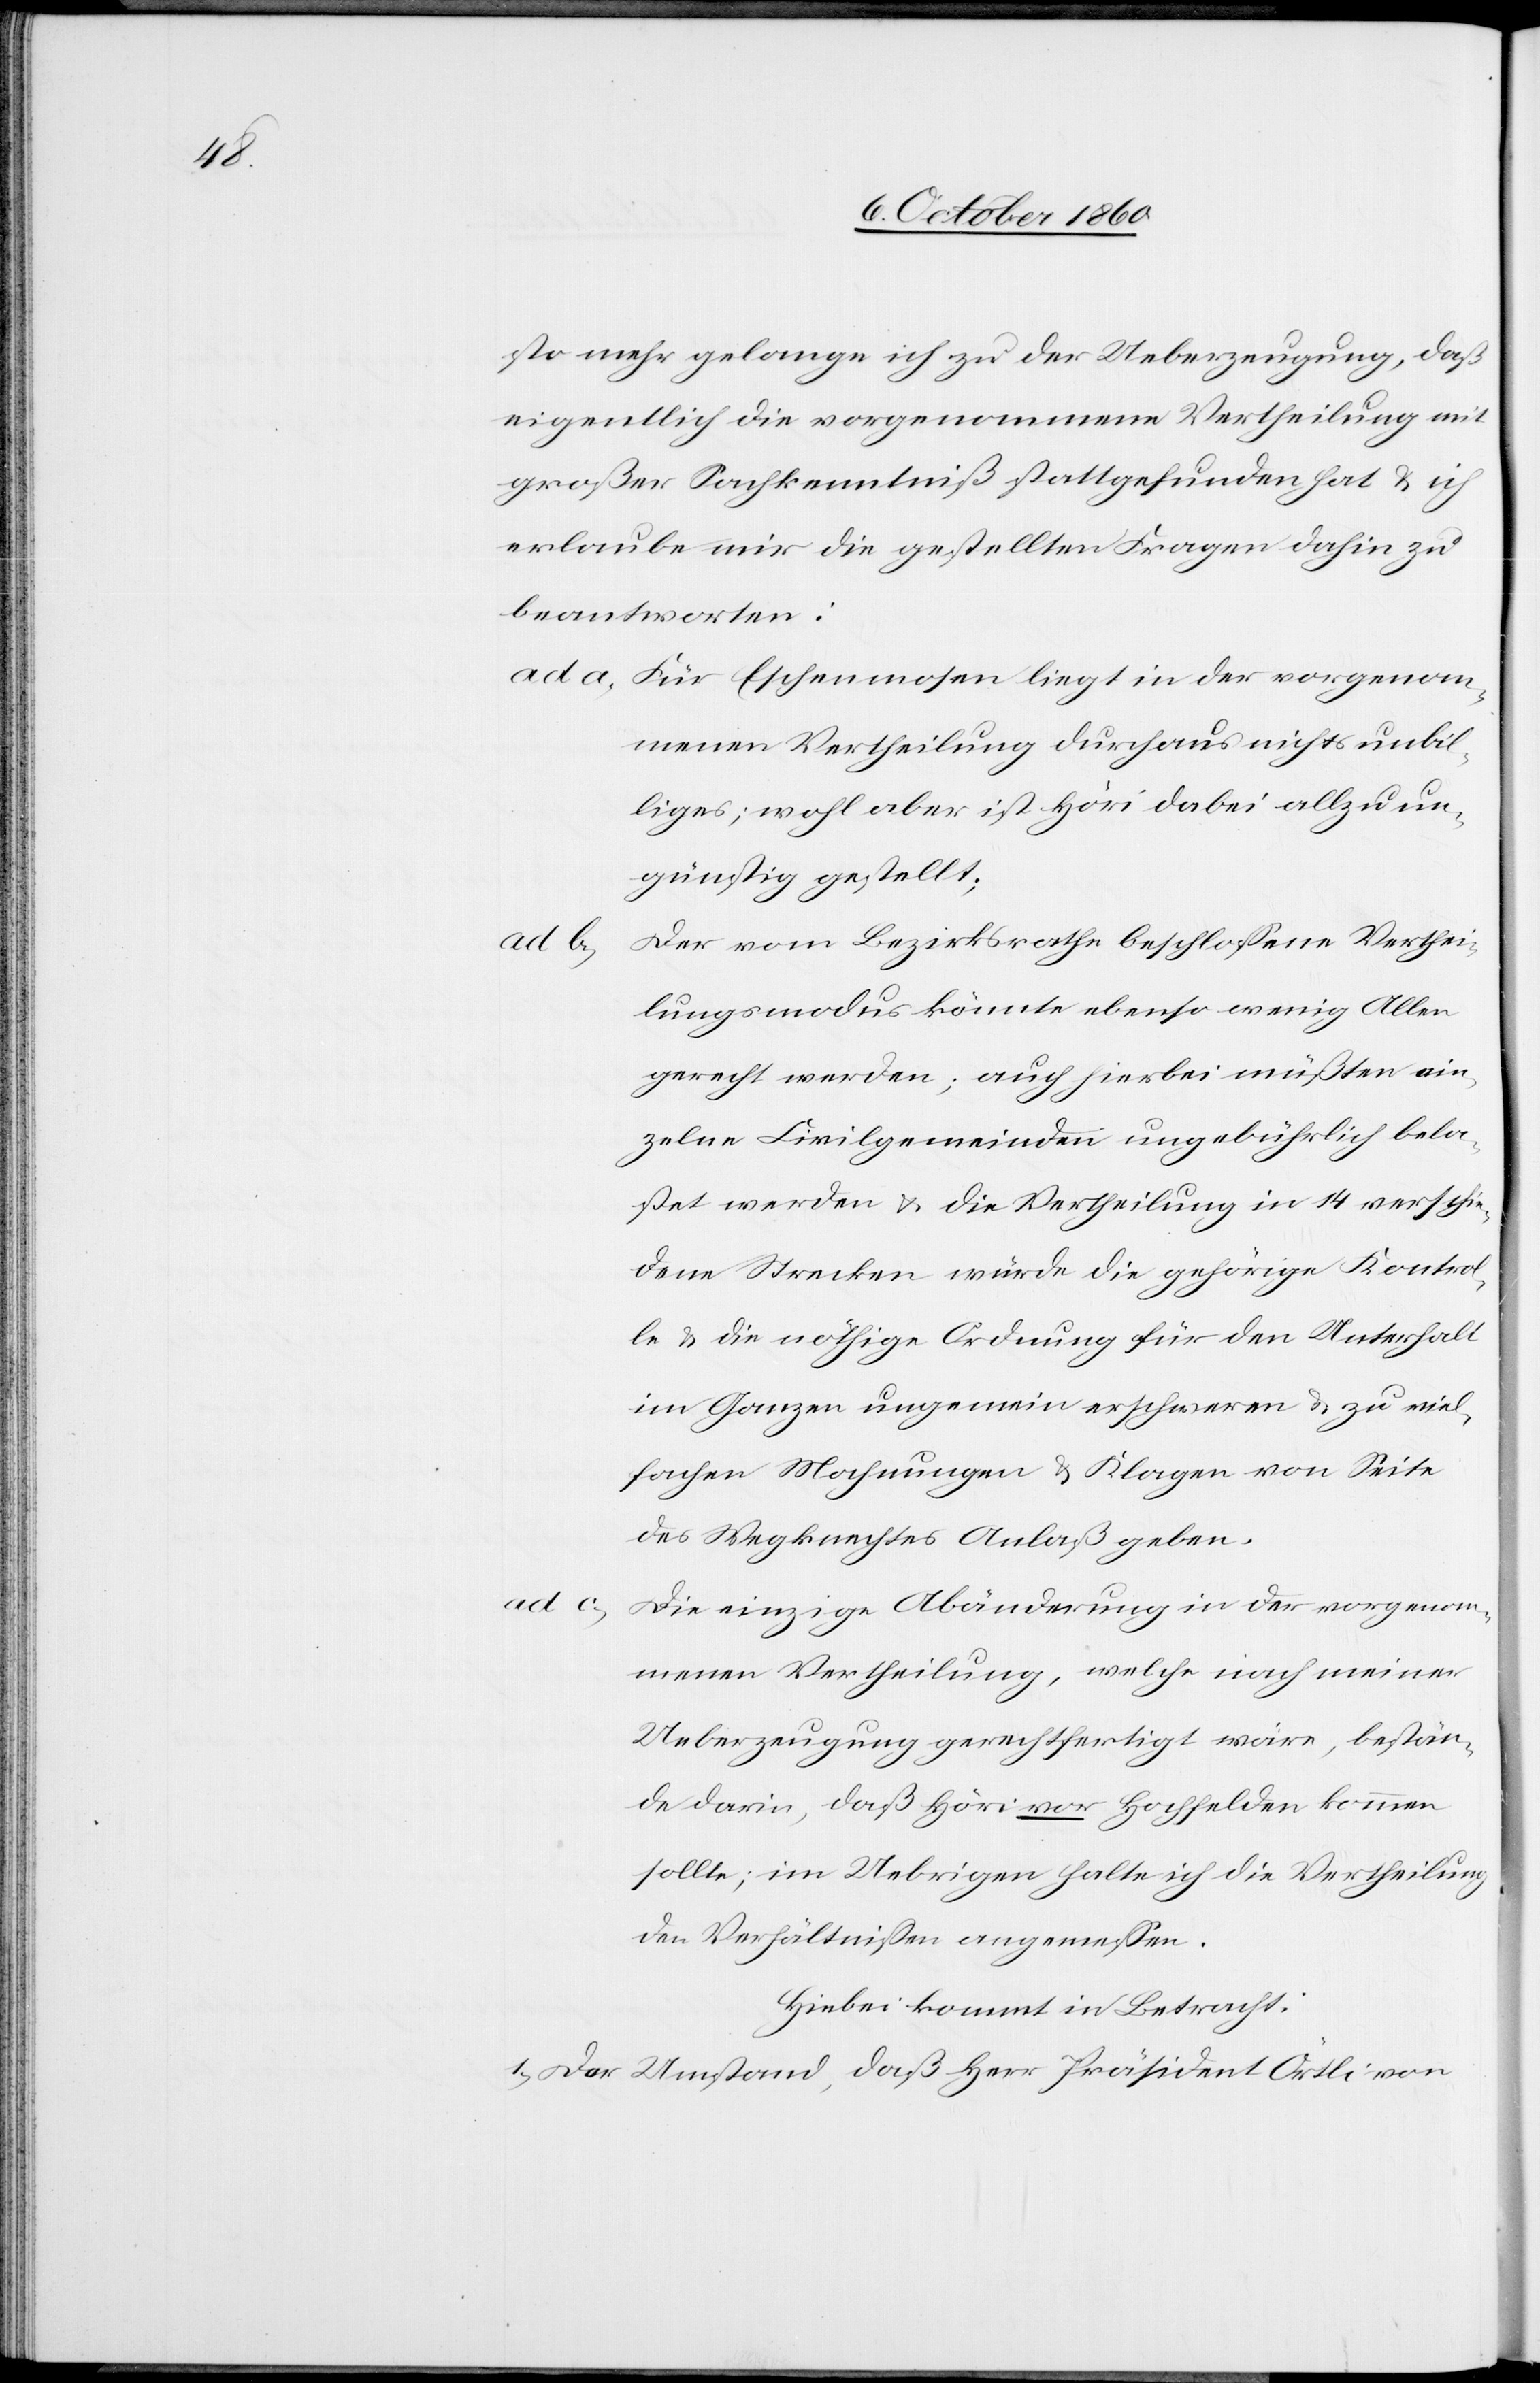
sto mehr gelange ich zu der Ueberzeugung, daß
eigentlich die vorgenommene Vertheilung mit
großer Sachkenntniß stattgefunden hat u. ich
erlaube mir die gestellten Fragen dahin zu
beantworten:
ad a. Für Eschenmosen liegt in der vorgenom¬
menen Vertheilung durchaus nichts unbil¬
liges; wohl aber ist Höri dabei allzu un¬
günstig gestellt;
Der vom Bezirksrathe beschlossene Verthei¬
ad b.
lungsmodus könnte ebenso wenig Allen
gerecht werden; auch hierbei müßten ein¬
zelne Civilgemeinden ungebührlich bela¬
stet werden u. die Vertheilung in 14 verschie¬
dene Strecken würde die gehörige Kontrol¬
le u. die nöthige Ordnung für den Unterhalt
im Ganzen ungemein erschweren u. zu viel¬
fachen Mahnungen u. Klagen von Seite
des Wegknechtes Anlaß geben.
ad c.
Die einzige Abänderung in der vorgenom¬
menen Vertheilung, welche nach meiner
Ueberzeugung gerechtfertigt wäre, bestän¬
de darin, daß Höri vor Hochfelden kommen
sollte; im Uebrigen halte ich die Vertheilung
den Verhältnissen angemessen.
Hiebei kommt in Betracht:
1) Der Umstand, daß Herr Präsident Örtli von